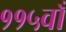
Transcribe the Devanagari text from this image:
११५वाँ